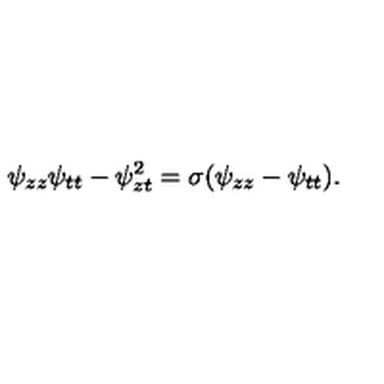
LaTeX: \psi _ { z z } \psi _ { t t } - \psi _ { z t } ^ { 2 } = \sigma ( \psi _ { z z } - \psi _ { t t } ) .